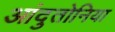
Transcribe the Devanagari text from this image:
आंदुतोनिया